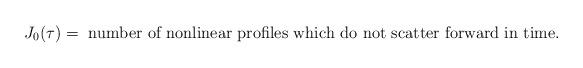
LaTeX: \begin{align*}J_0(\tau) = \mbox{ number of nonlinear profiles which do not scatter forward in time.} \end{align*}